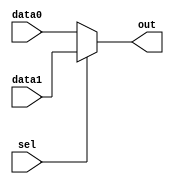


module mux2to1(data1, data0, sel, out);
    input data1;
    input data0;
    input sel;
    output out;
    reg out;

    always @(data0, data1, sel)
    begin
        if(!sel)
            out = data0;
        else
            out = data1; 
    end
endmodule